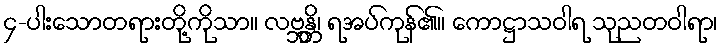
၄-ပါးသောတရားတို့ကိုသာ။ လဗ္ဘန္တိ၊ ရအပ်ကုန်၏။ ကောဋ္ဌာသဝါရ သုညတဝါရာ၊